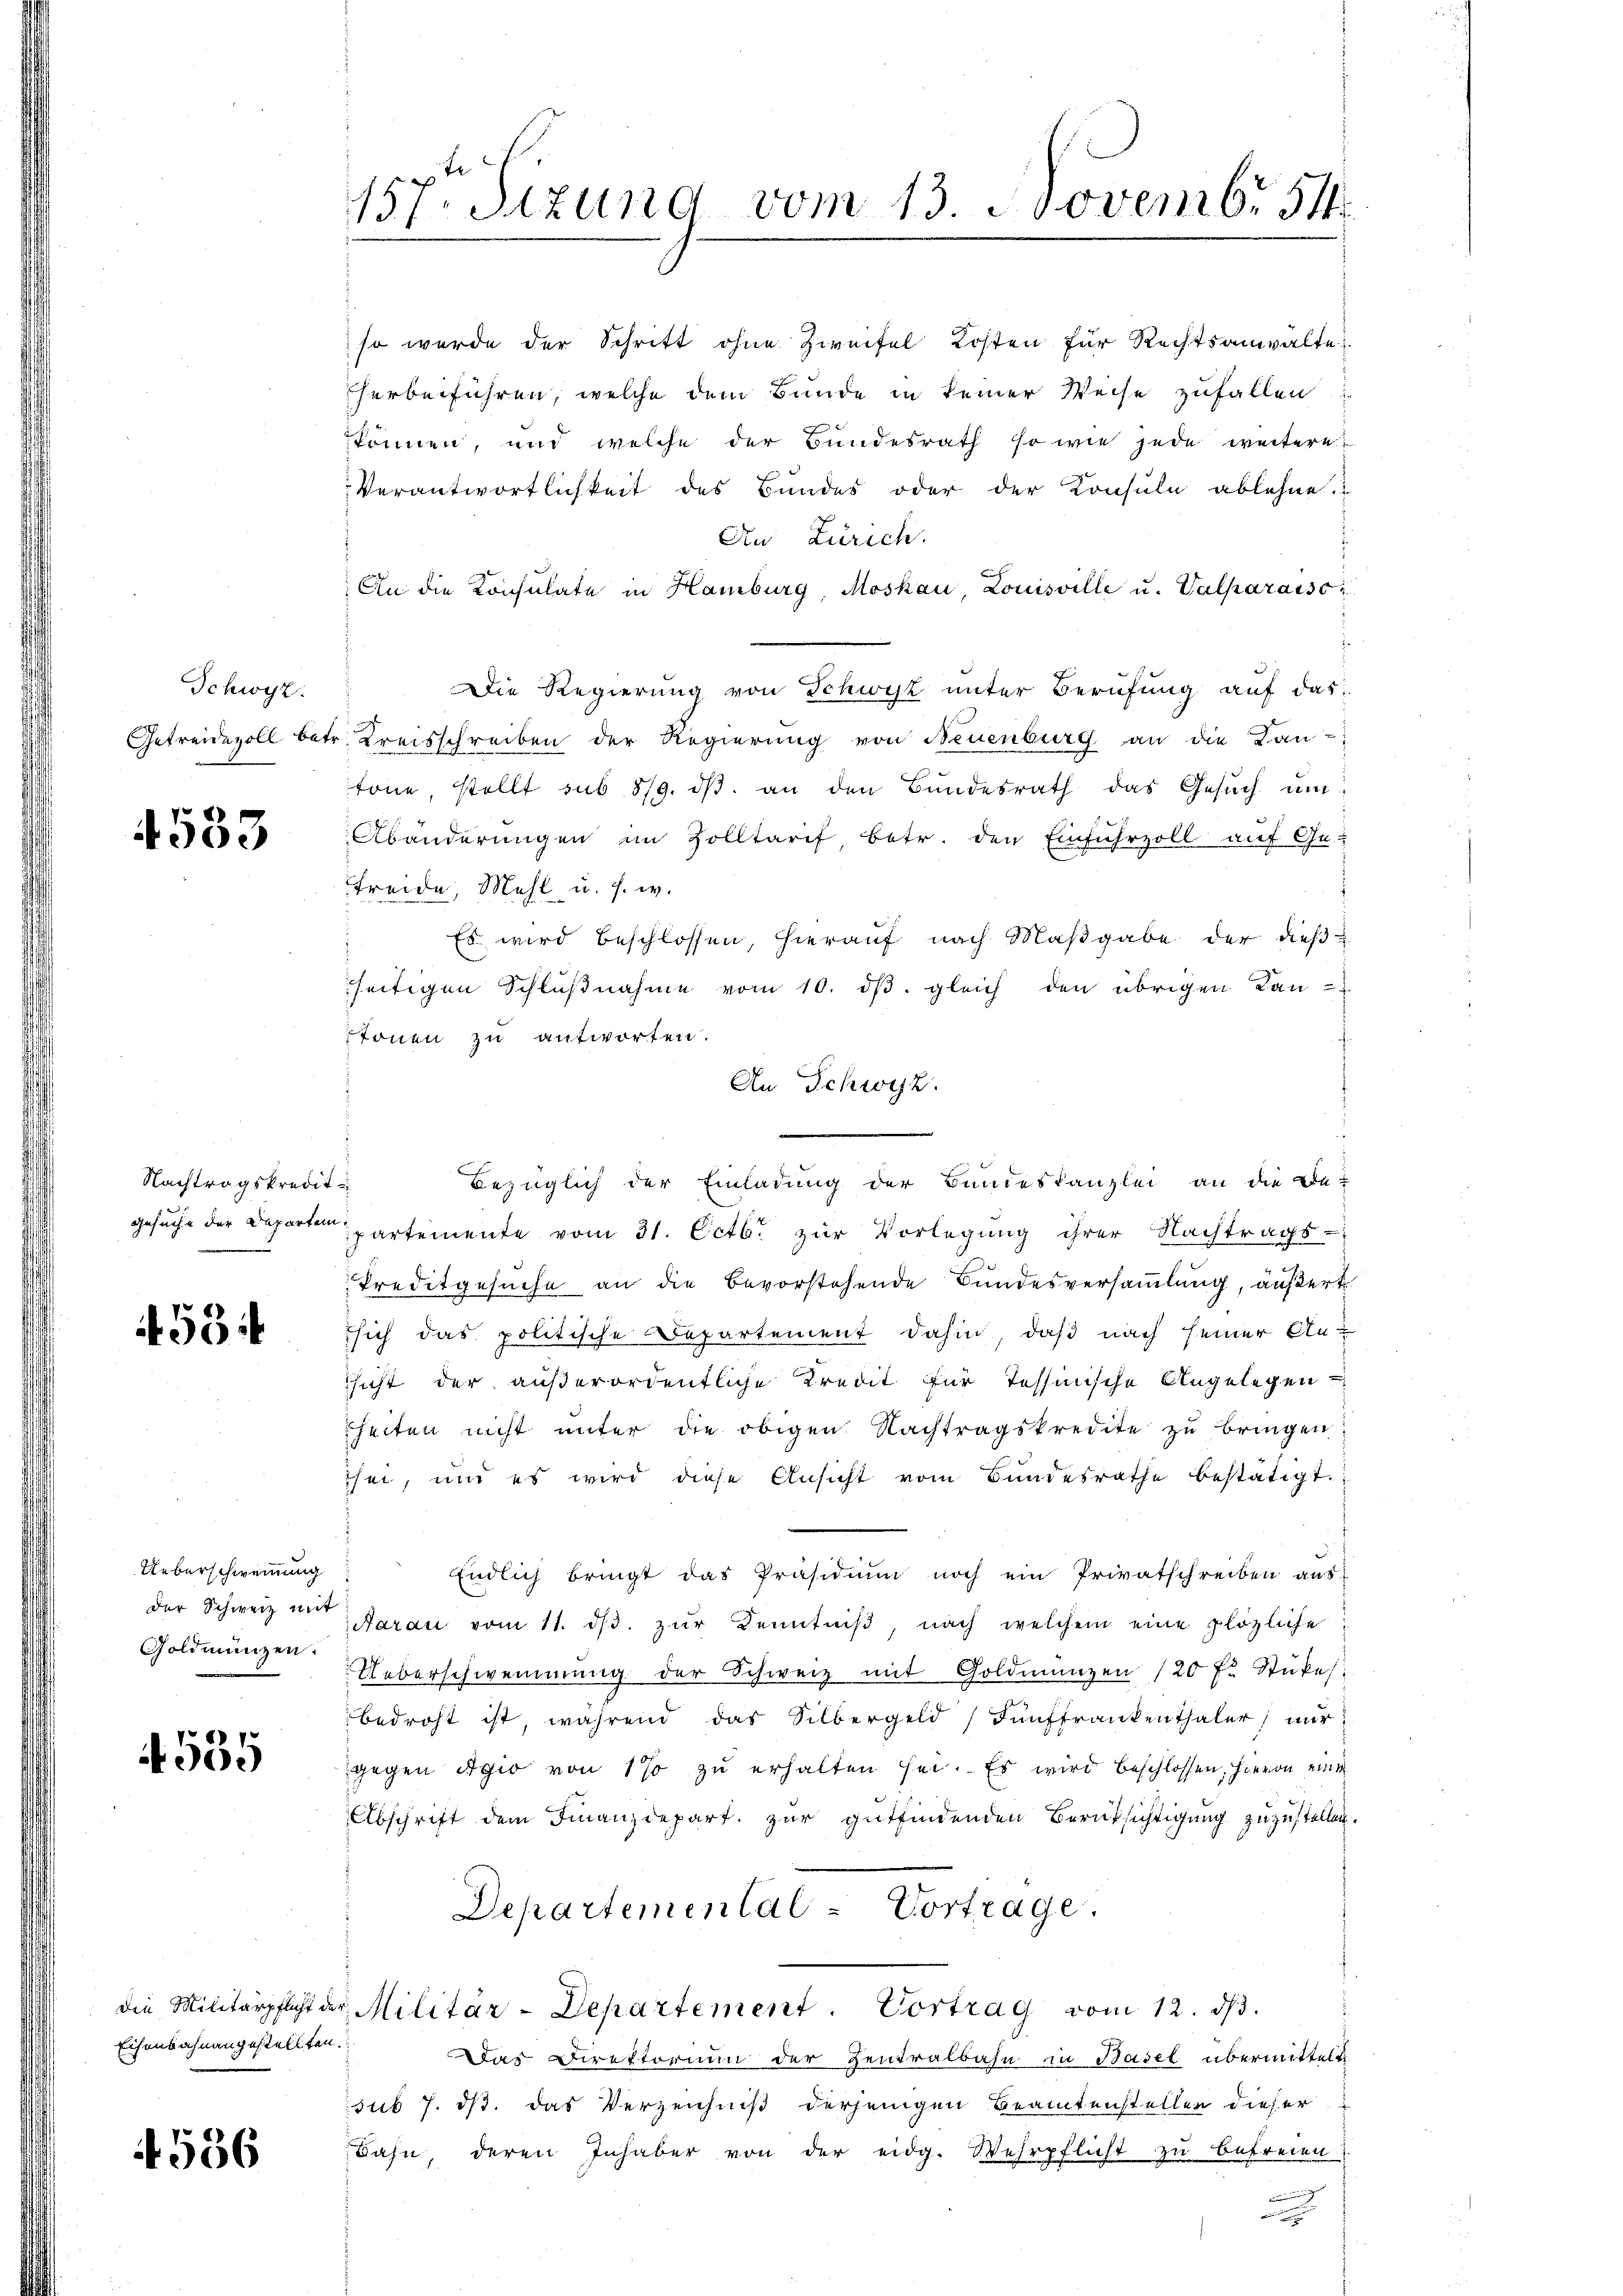
Schwyz.
Getreidevoll bet

4533

Nachtragskredit.
Gesuche der Departem

453

Ueberschwemmung
der Schweiz mit
Goldmünzen.

535

Eisenbahnangestellten.

1536

157. Sitzung vom 13. Novembr 54

Au Zürich.
An die Konsulate in Hamburg, Moskau, Louisville u. Valparaiso
Die Regierung von Schwyz unter Berufung auf das
Kreisschreiben der Regierung von Neuenburg an die Lan-
tone stellt sub 5/9. dβ an den Bŭndesrath das Gesŭch ŭm
Abänderungen im Zolltarif betr. den Einfuhrzoll auf Ge-
treide, Mahl u. s. w.
Es wird beschlossen, hierauf nach Maßgabe der dießseitigen Schlußnahme vom 10. dβ. gleich den übrigen Lan-
tonen zu antworten.
An Schwyz.
bezüglich der Einladung der Bundeskanzlei an die De-
.
partemente vom 31. Octb. zur Vorlegung ihrer Nachtrags-
Preditgesuche an die Bevorstehende Bundesversammlung, äußert
sich das politische Departement dahin, daß nach seiner An-
ssicht der außerordentliche Kredit für Tessinische Angelegen
sheiten nicht unter die obigen Nachtragskredite zŭ bringen.
hei, und es wird diese Ansicht vom Bŭndesrathe bestätigt.
Endlich bringt das Präsidium noch ein Privatschreiben aus
Aarau vom 11. dβ. zŭr Kenntniβ nach welchem eine plözliche
Ueberschwemmung der Schweiz mit Goldmünzen 120 f. Stückes.
bedroht ist, während das Silbergeld (Fünffrankenthaler, nur
gegen Agio von 1% zŭ erhalten sei. Es wird beschlossen, hievon eine
Abschrift dem Finanzdepart. zŭr gŭtfindenden Berüksichtigŭng zuzustellen.
Departemental - Vortrage.
die Militärpflicht der Militär-Departement. Vortrag vom 12. ds.
Das Direktorium der Zentralbahn in Basel übermittelt
sub 7. ds. das Verzeichniß derjenigen Beamtenstellen dieser
Bahn deren Inhaber von der eidg. Wehrpflicht zu befreien
Brennung

so wurde der Schritt ohne Zweifel Kosten für Rechtsanwalte
herbeiführen, welche dem Bunde in keiner Weise zufallen
können, und welche der Bundesrath so wie jede weitere
Verantwortlichkeit des Bundes oder der Konsula ablehne.